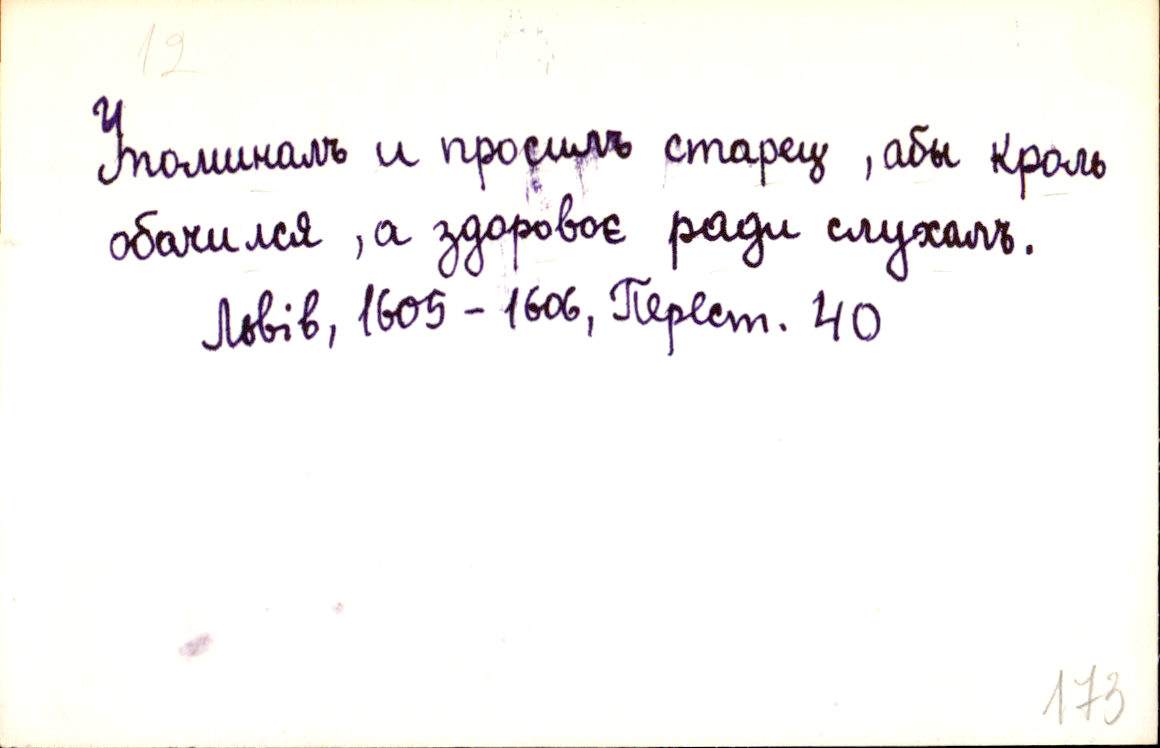
Упоминалъ и просилъ старец, абы кроль
обачился, а здоровоє ради слухалъ.
Львів, 1605-1606, Перест. 40